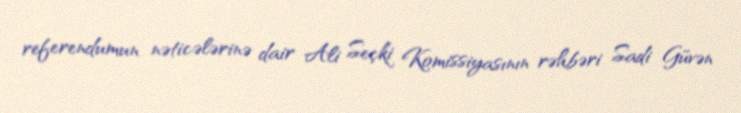
referendumun nəticələrinə dair Ali Seçki Komissiyasının rəhbəri Sadi Güvən